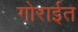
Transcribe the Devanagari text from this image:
गोराईत